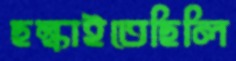
ছল্‌কাইতেছিলি